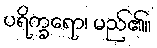
ပရိက္ခရော၊ မည်၏။